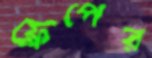
ফ্লেপের